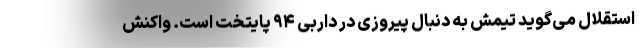
استقلال می‌گوید تیمش به دنبال پیروزی در داربی ۹۴ پایتخت است. واکنش